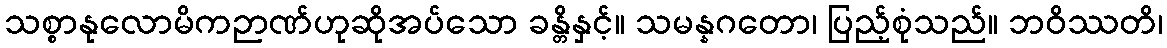
သစ္စာနုလောမိကဉာဏ်ဟုဆိုအပ်သော ခန္တိနှင့်။ သမန္နဂတော၊ ပြည့်စုံသည်။ ဘဝိဿတိ၊